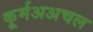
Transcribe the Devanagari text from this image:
कूर्मअअचल